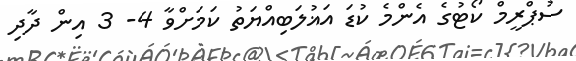
ސުޕްރީމް ކޯޓުގެ އެންމެ ކުޑަ އަޣުލަބިއްޔަތު ކަމަށްވާ 4- 3 އިން ދާދި